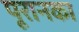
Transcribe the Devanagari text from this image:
पूरानका